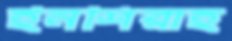
ইনশিরাহ